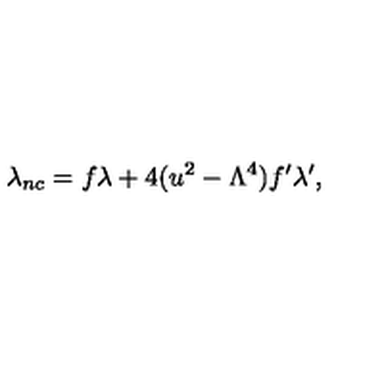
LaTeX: \lambda _ { n c } = f \lambda + 4 ( u ^ { 2 } - \Lambda ^ { 4 } ) f ^ { \prime } \lambda ^ { \prime } ,